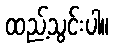
ထည့်သွင်းပါ။